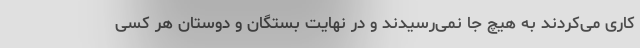
کاری می‌کردند به هیچ جا نمی‌رسیدند و در نهایت بستگان و دوستان هر کسی